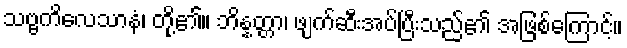
သဗ္ဗကိလေသာနံ၊ တို့၏။ ဘိန္နတ္တာ၊ ဖျက်ဆီးအပ်ပြီးသည်၏ အဖြစ်ကြောင့်။